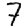
Digit: 7